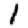
Digit: 1